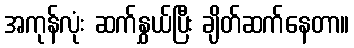
အကုန်လုံး ဆက်နွှယ်ပြီး ချိတ်ဆက်နေတာ။